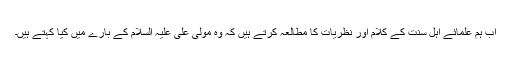
اب ہم علمائے اہلِ سنت کے کلام اور نظریات کا مطالعہ کرتے ہیں کہ وہ مولیٰ علی علیہ السلام کے بارے میں کیا کہتے ہیں۔